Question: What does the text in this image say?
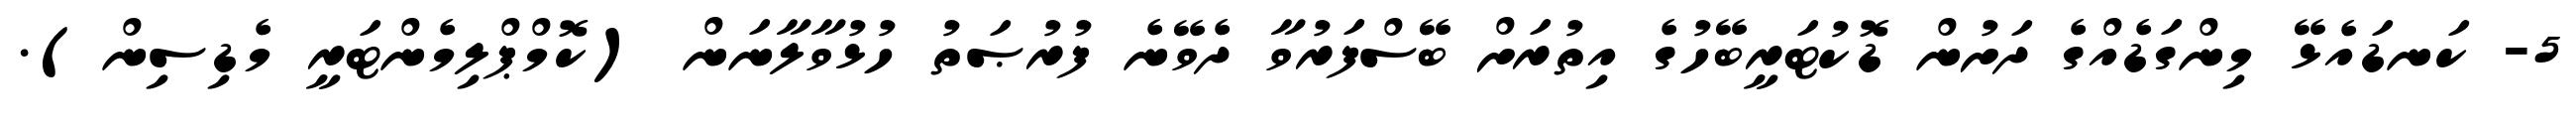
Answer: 5- ކަނޑައެޅޭ މިންގަޑެއްގެ ދަށުން ޑޮކުޓަރީބޭހުގެ އިތުރަށް ބޭސްފަރުވާ ދެވޭނެ ފުރުޞަތު ހުޅުވާލާނަން (ކޮމްޕްލިމެންޓަރީ މެޑިސިން).